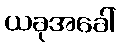
ယခုအခေါ်